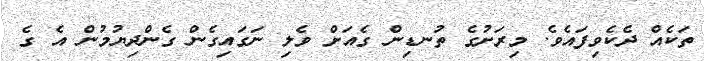
ތަކެއް ދެކެވިފައެވެ. މިރަށުގެ ތުނޑިން ގެއަށް ވެލި ނަގައިގެން ގެންދިޔުމުން އެ ގެ